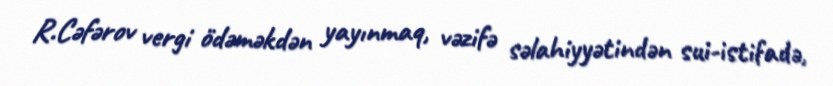
R.Cəfərov vergi ödəməkdən yayınmaq, vəzifə səlahiyyətindən sui-istifadə,